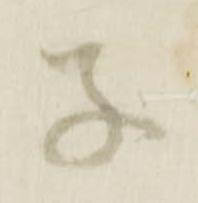
子